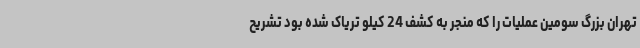
تهران بزرگ سومین عملیات را که منجر به کشف 24 کیلو تریاک شده بود تشریح